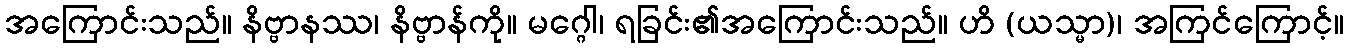
အကြောင်းသည်။ နိဗ္ဗာနဿ၊ နိဗ္ဗာန်ကို။ မဂ္ဂေါ၊ ရခြင်း၏အကြောင်းသည်။ ဟိ (ယသ္မာ)၊ အကြင်ကြောင့်။